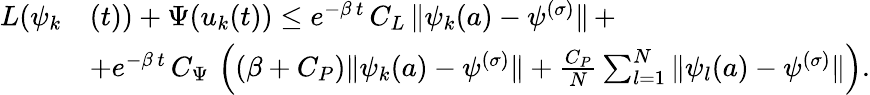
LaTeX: \begin{array}{rl}{L(\psi_{k}}&{(t))+\Psi(u_{k}(t))\leq e^{-\beta\, t}\, C_{L}\, \| \psi_{k}(a)-\psi^{(\sigma)}\| \, +}\\ &{+e^{-\beta\, t}\, C_{\Psi}\, \left((\beta+C_{P})\| \psi_{k}(a)-\psi^{(\sigma)}\| +\frac{C_{P}}{N}\sum_{l=1}^{N}\| \psi_{l}(a)-\psi^{(\sigma)}\| \right).}\end{array}